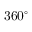
3 6 0 ^ { \circ }